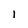
Character: l